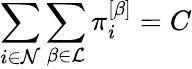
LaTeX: \sum_{i\in\mathcal{N}}\sum_{\beta\in\mathcal{L}}\pi_{i}^{\left[\beta\right]}=C